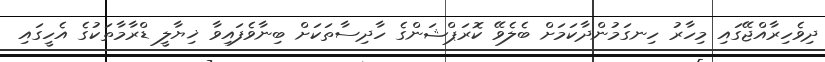
ދިވެހިރާއްޖޭގައި މިހާރު ހިނގަމުންދާކަމަށް ބެލެވޭ ކޮރަޕްޝަންގެ ހާދިސާތަކަށް ބިނާވެފައިވާ ޚިޔާލީ ޑްރާމާތަކުގެ އެހީގައި